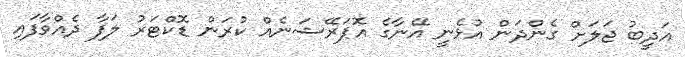
އަދީބު ޖަލަށް ގެންދަން އުޅެނީ އޭނާގެ އޮޕަރޭޝަނެއް ކުރަން ޑޮކްޓަރު ލަފާ ދެއްވާފައި